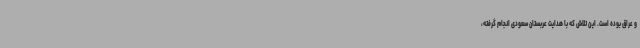
و عراق بوده است. این تلاش که با هدایت عربستان سعودی انجام گرفته،